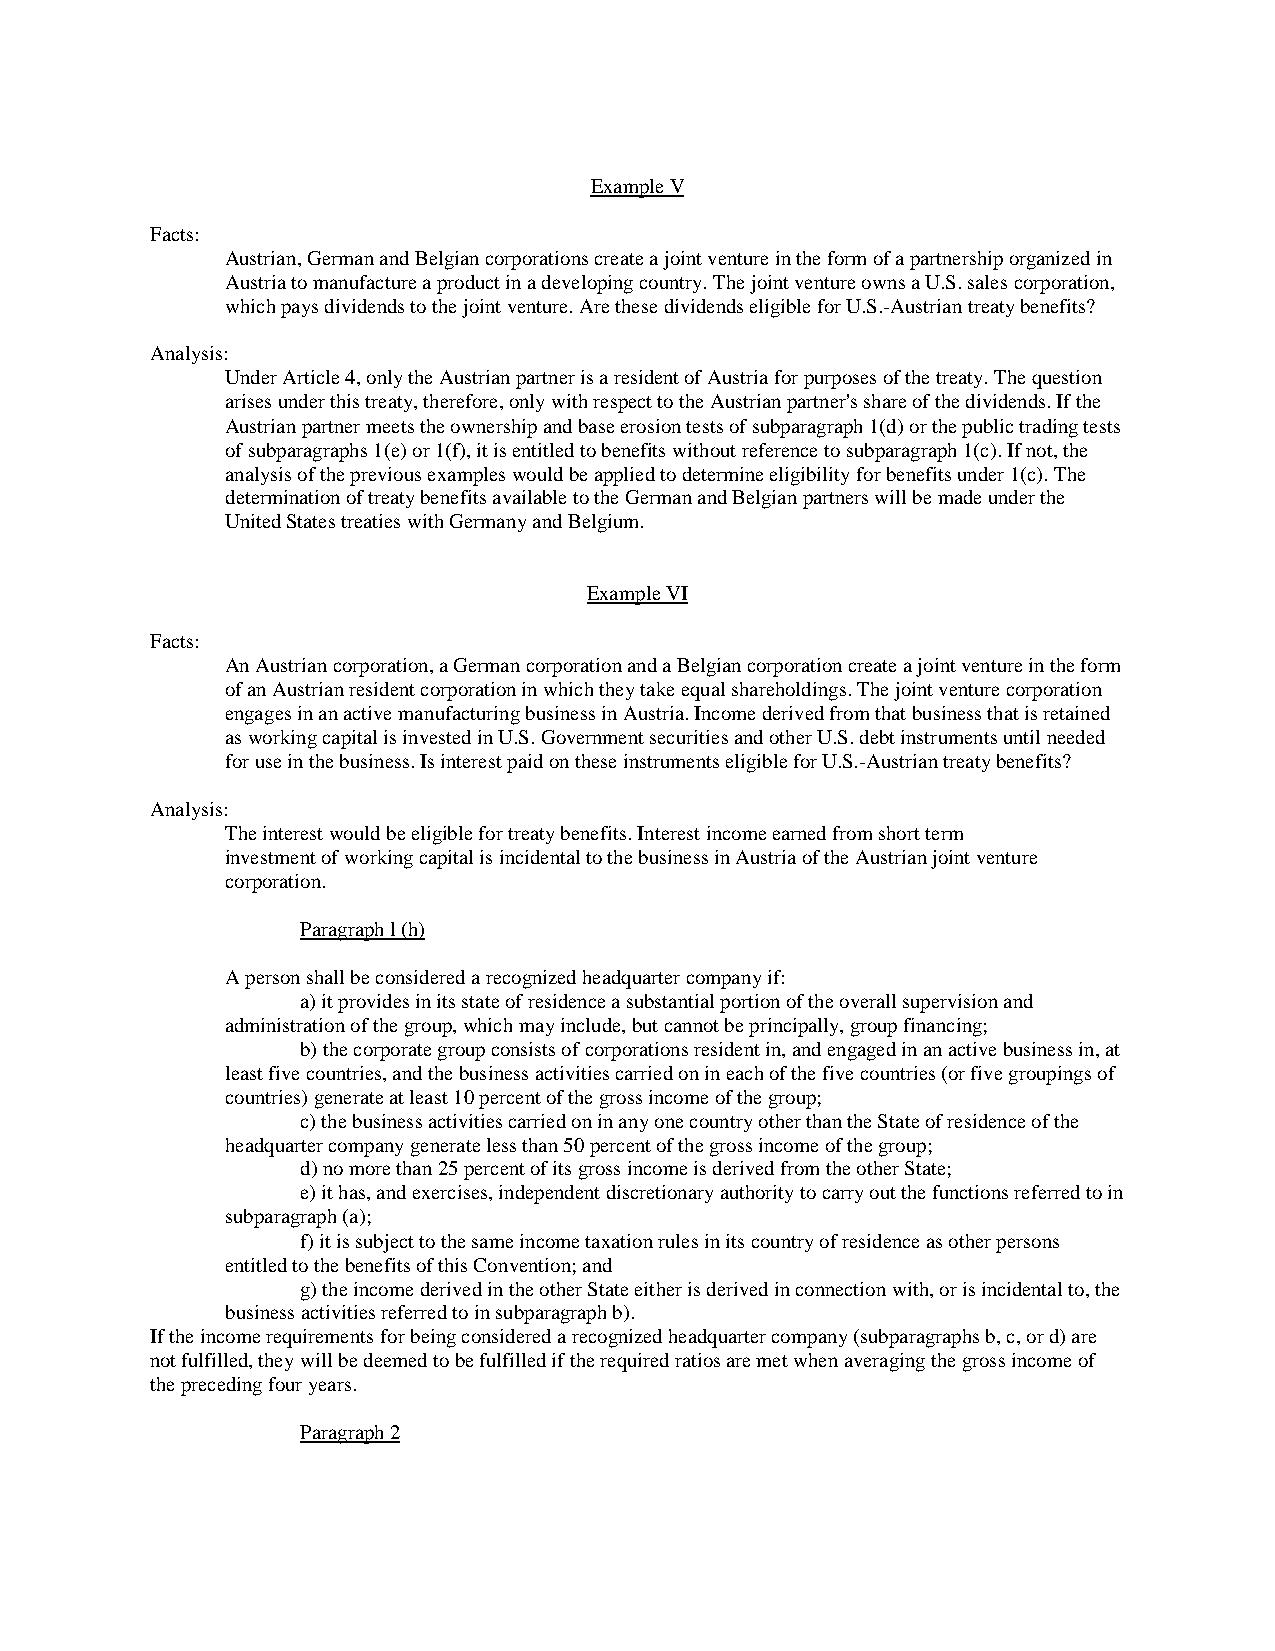
Example V
 Facts:
 Austrian, German and Belgian corporations create a joint venture in the form of a partnership organized in
 Austria to manufacture a product in a developing country. The joint venture owns a U.S. sales corporation,
 which pays dividends to the joint venture. Are these dividends eligible for U.S.-Austrian treaty benefits?
 Analysis:
 Under Article 4, only the Austrian partner is a resident of Austria for purposes of the treaty. The question
 arises under this treaty, therefore, only with respect to the Austrian partner's share of the dividends. If the
 Austrian partner meets the ownership and base erosion tests of subparagraph 1(d) or the public trading tests
 of subparagraphs 1(e) or 1(f), it is entitled to benefits without reference to subparagraph 1(c). If not, the
 analysis of the previous examples would be applied to determine eligibility for benefits under 1(c). The
 determination of treaty benefits available to the German and Belgian partners will be made under the
 United States treaties with Germany and Belgium.
 Example VI
 Facts:
 An Austrian corporation, a German corporation and a Belgian corporation create a joint venture in the form
 of an Austrian resident corporation in which they take equal shareholdings. The joint venture corporation
 engages in an active manufacturing business in Austria. Income derived from that business that is retained
 as working capital is invested in U.S. Government securities and other U.S. debt instruments until needed
 for use in the business. Is interest paid on these instruments eligible for U.S.-Austrian treaty benefits?
 Analysis:
 The interest would be eligible for treaty benefits. Interest income earned from short term
 investment of working capital is incidental to the business in Austria of the Austrian joint venture
 corporation.
 Paragraph l (h)
 A person shall be considered a recognized headquarter company if:
 a) it provides in its state of residence a substantial portion of the overall supervision and
 administration of the group, which may include, but cannot be principally, group financing;
 b) the corporate group consists of corporations resident in, and engaged in an active business in, at
 least five countries, and the business activities carried on in each of the five countries (or five groupings of
 countries) generate at least 10 percent of the gross income of the group;
 c) the business activities carried on in any one country other than the State of residence of the
 headquarter company generate less than 50 percent of the gross income of the group;
 d) no more than 25 percent of its gross income is derived from the other State;
 e) it has, and exercises, independent discretionary authority to carry out the functions referred to in
 subparagraph (a);
 f) it is subject to the same income taxation rules in its country of residence as other persons
 entitled to the benefits of this Convention; and
 g) the income derived in the other State either is derived in connection with, or is incidental to, the
 business activities referred to in subparagraph b).
 If the income requirements for being considered a recognized headquarter company (subparagraphs b, c, or d) are
 not fulfilled, they will be deemed to be fulfilled if the required ratios are met when averaging the gross income of
 the preceding four years.
 Paragraph 2